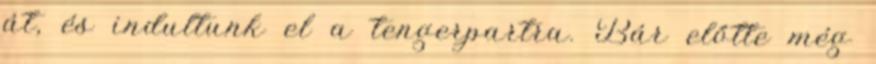
át, és indultunk el a tengerpartra. Bár előtte még